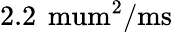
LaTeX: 2.2\, \mathrm{\ mum^{2}/ms}